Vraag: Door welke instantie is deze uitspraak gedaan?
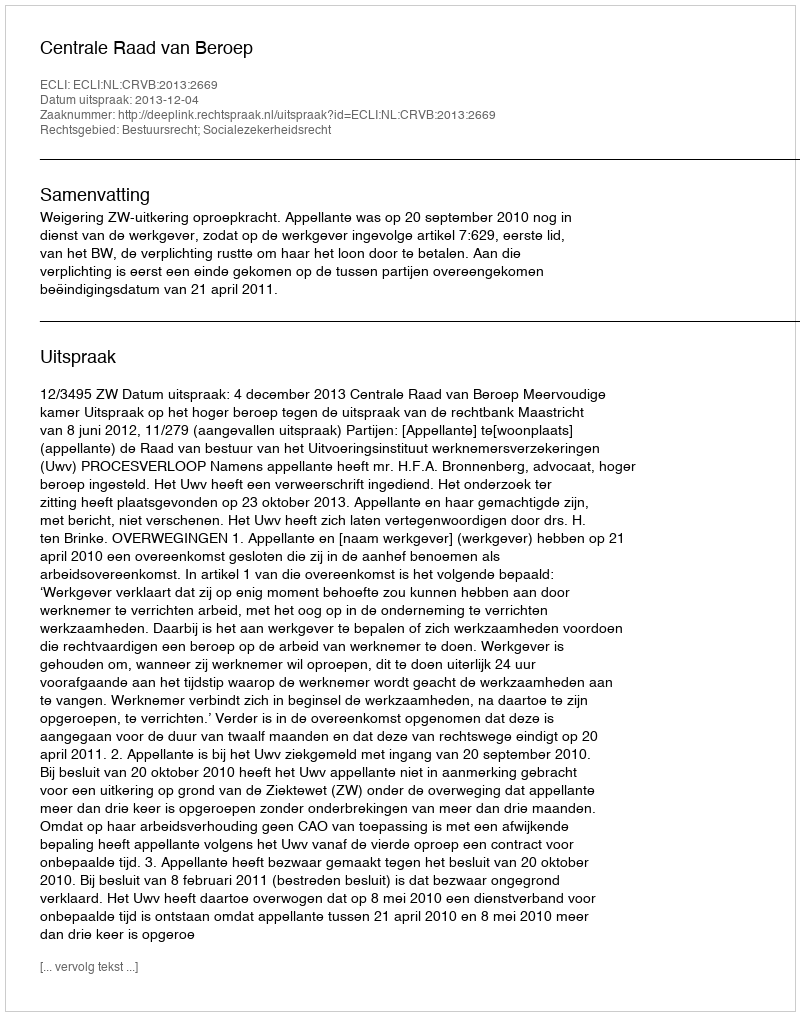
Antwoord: Centrale Raad van Beroep